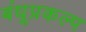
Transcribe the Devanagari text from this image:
बंधूप्रकल्प